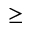
\geq